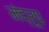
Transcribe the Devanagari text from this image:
मंद्रूप